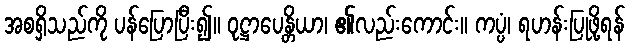
အစရှိသည်ကို ပန်ပြောပြီး၍။ ဝုဋ္ဌာပေန္တိယာ၊ ၏လည်းကောင်း။ ကပ္ပံ၊ ရဟန်းပြုဖို့ရန်